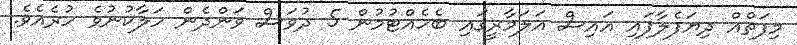
މިފަތްއް ދިޔަފެލާފައި އައިސް އަލަމާރީގައި ބެހެއްޓުުމުން 5 ދުވަސް ވަންދެން ހަލާކުނުވެ ހުރެއެވެ.